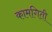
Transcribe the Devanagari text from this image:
कामगिती